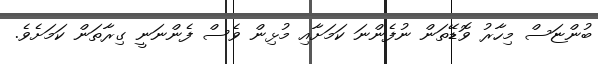
ބުންޏަސް މިހާރު ވޮޑޭތަން ނުފެންނަ ކަމަށާއި މުޅިން ވެސް ފެންނަނީ ގިރާތަން ކަމަށެވެ.